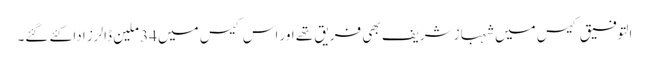
التوفیق کیس میں شہباز شریف بھی فریق تھے اور اس کیس میں 34 ملین ڈالرز ادا کئے گئے۔